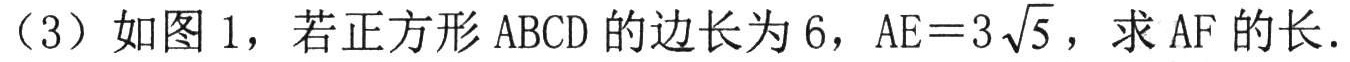
（3）如图 1，若正方形 \(ABCD\) 的边长为 \(6\)，\(AE = 3\sqrt{5}\)，求 \(AF\) 的长．